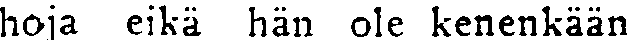
hoja eikä hän ole kenenkään